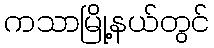
ကသာမြို့နယ်တွင်